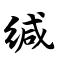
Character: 缄